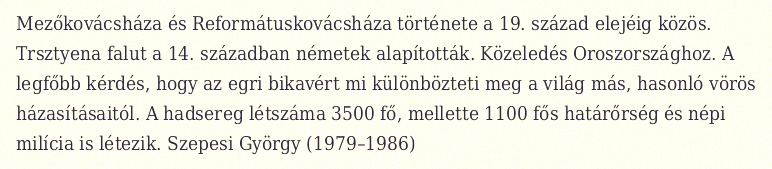
Mezőkovácsháza és Reformátuskovácsháza története a 19. század elejéig közös. Trsztyena falut a 14. században németek alapították. Közeledés Oroszországhoz. A legfőbb kérdés, hogy az egri bikavért mi különbözteti meg a világ más, hasonló vörös házasításaitól. A hadsereg létszáma 3500 fő, mellette 1100 fős határőrség és népi milícia is létezik. Szepesi György (1979–1986)